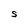
Character: S